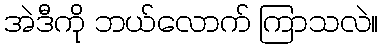
အဲဒီကို ဘယ်လောက် ကြာသလဲ။